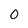
Character: 0